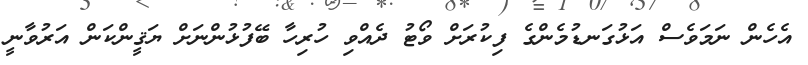
އެހެން ނަމަވެސް އަޅުގަނޑުމެންގެ ފިކުރަށް ވޯޓު ދެއްވި ހުރިހާ ބޭފުޅުންނަށް ޔަޤީންކަން އަރުވާނީ